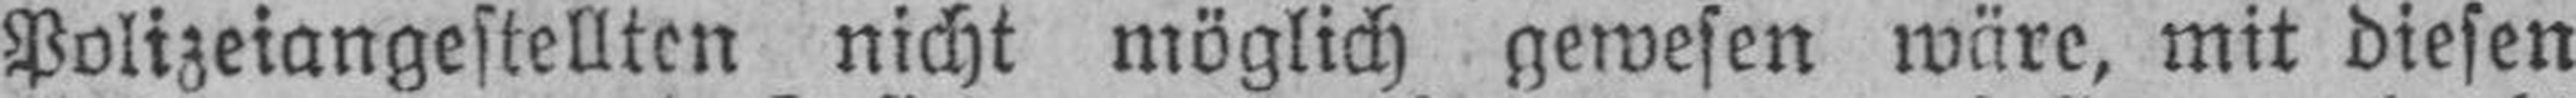
Polizeiangestellten nicht möglich gewesen wäre, mit diesen